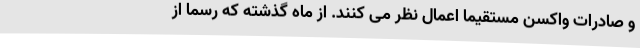
و صادرات واکسن مستقیما اعمال نظر می‌ کنند. از ماه گذشته که رسما از